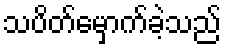
သပိတ်မှောက်ခဲ့သည်